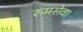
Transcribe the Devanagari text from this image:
रुमसेवा